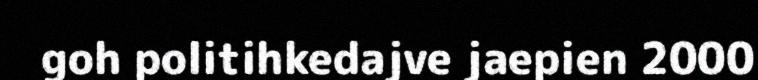
goh politihkedajve jaepien 2000